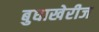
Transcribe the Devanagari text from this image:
बुधाखेरीज